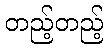
တည့်တည့်